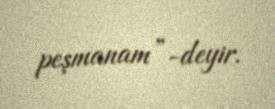
peşmanam”-deyir.